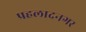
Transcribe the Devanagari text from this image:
प्रहलादनगर